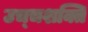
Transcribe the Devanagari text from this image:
उच्‍चशक्ति